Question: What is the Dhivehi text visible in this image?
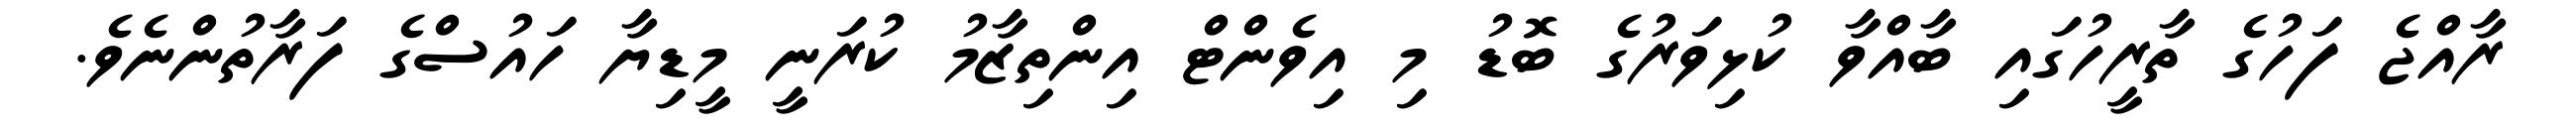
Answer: ރާއްޖެ ފަހުގެ ތާރީހުގައި ބާއްވާ ކުޅިވަރުގެ ބޮޑު މި އިވެންޓް އިންތިޒާމު ކުރަނީ މީޑިޔާ ހައުސްގެ ފަރާތުންނެވެ.